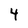
Character: 4